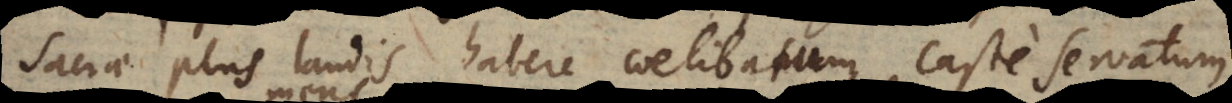
Sacrae plus laudis habere coelibatum caste servatum